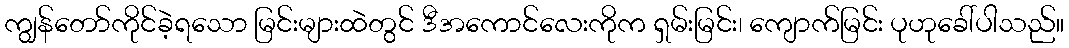
ကျွန်တော်ကိုင်ခဲ့ရသော မြင်းများထဲတွင် ဒီအကောင်လေးကိုက ရှမ်းမြင်း၊ ကျောက်မြင်း ပုဟုခေါ်ပါသည်။